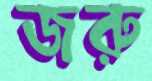
জরু